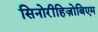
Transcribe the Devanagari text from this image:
सिनोरीहिज़ोबिएम